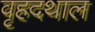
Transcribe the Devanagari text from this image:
वृहदथाल